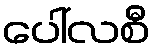
ပေါ်လစီ